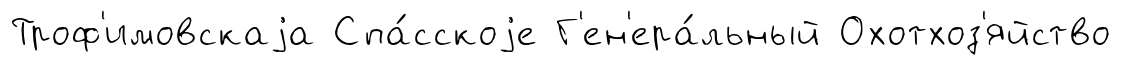
Троф'имовскаjа Спа́сскоjе Г'ен'ера́льный Охотхоз'яйство